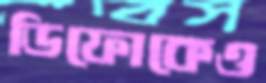
ডিফোকেও